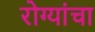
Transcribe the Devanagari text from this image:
रोग्यांचा